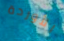
الأوردة